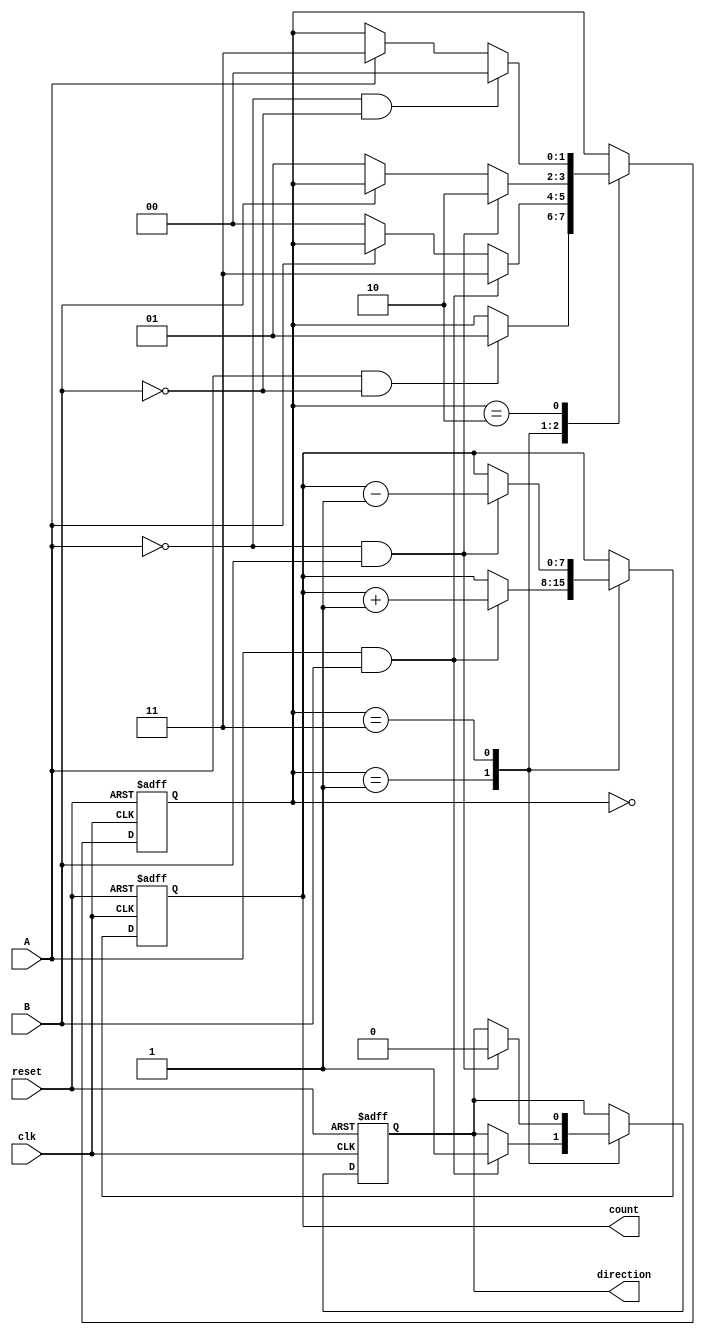
module rotary_encoder (
    input wire A,          // Input signal A from the rotary encoder
    input wire B,          // Input signal B from the rotary encoder
    input wire reset,      // Reset signal
    input wire clk,        // Clock signal
    output reg [7:0] count, // 8-bit count output for position
    output reg direction    // Direction output (1 for clockwise, 0 for counterclockwise)
);

    reg [1:0] last_state;  // 2-bit register to track the last states of A and B

    // State encoding
    localparam [1:0] STATE_A_LOW_B_LOW = 2'b00,
                     STATE_A_HIGH_B_LOW = 2'b01,
                     STATE_A_HIGH_B_HIGH = 2'b11,
                     STATE_A_LOW_B_HIGH = 2'b10;

    always @(posedge clk or posedge reset) begin
        if (reset) begin
            count <= 8'b0; // Reset count to zero
            last_state <= STATE_A_LOW_B_LOW; // Reset last state
            direction <= 1'b0; // Default direction
        end else begin
            // Check for state change from last state
            case (last_state)
                STATE_A_LOW_B_LOW: begin
                    if (A && !B) begin
                        last_state <= STATE_A_HIGH_B_LOW; // Transition to A high
                    end
                end
                STATE_A_HIGH_B_LOW: begin
                    if (A && B) begin
                        last_state <= STATE_A_HIGH_B_HIGH; // Transition to both high
                        direction <= 1'b1; // Clockwise
                        count <= count + 1; // Increment count
                    end else if (!A) begin
                        last_state <= STATE_A_LOW_B_LOW; // Transition to A low
                    end
                end
                STATE_A_HIGH_B_HIGH: begin
                    if (!A && B) begin
                        last_state <= STATE_A_LOW_B_HIGH; // Transition to A low
                        direction <= 1'b0; // Counterclockwise
                        count <= count - 1; // Decrement count
                    end else if (!B) begin
                        last_state <= STATE_A_HIGH_B_LOW; // Transition to B low
                    end
                end
                STATE_A_LOW_B_HIGH: begin
                    if (!A && !B) begin
                        last_state <= STATE_A_LOW_B_LOW; // Transition to both low
                    end else if (A) begin
                        last_state <= STATE_A_HIGH_B_HIGH; // Transition to A high
                    end
                end
            endcase
        end
    end

endmodule